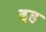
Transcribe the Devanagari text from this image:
ढूह